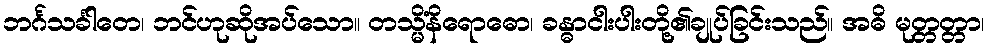
ဘင်္ဂသင်္ခါတေ၊ ဘင်ဟုဆိုအပ်သော။ တသ္မိံနိရောဓော၊ ခန္ဓာငါးပါးတို့၏ချုပ်ခြင်းသည်။ အဓိ မုတ္တတ္တာ၊